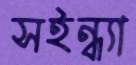
সইন্ধ্যা